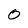
Character: 0